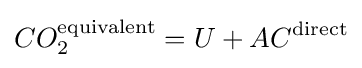
CO_{2}^{\mathrm {equivalent} }=U+AC^{\mathrm {direct} }